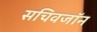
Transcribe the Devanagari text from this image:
सचिवजॉन